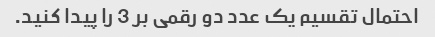
احتمال تقسیم یک عدد دو رقمی بر 3 را پیدا کنید.